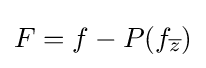
\displaystyle {F=f-P(f_{\overline {z}})}